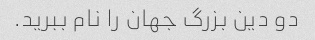
دو دین بزرگ جهان را نام ببرید.